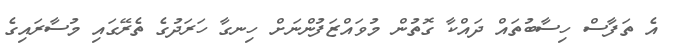
އެ ތަފާސް ހިސާބުތައް ދައްކާ ގޮތުން މުވައްޒަފުންނަށް ހިނގާ ހަރަދުގެ ތެރޭގައި މުސާރައިގެ